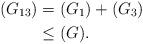
LaTeX: \begin{align*} (G_{13})& =(G_1)+(G_3) \\& \leq (G).\end{align*}